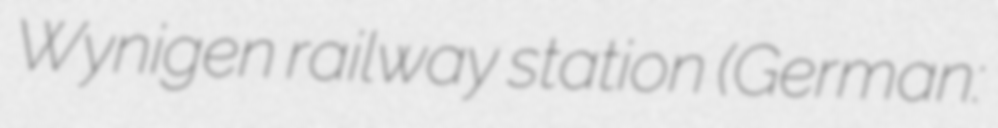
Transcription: Wynigen railway station (German: